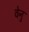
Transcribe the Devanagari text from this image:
वेनु